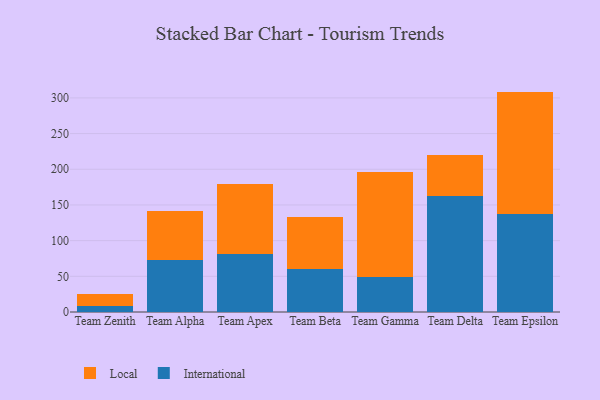
{"axis": {"x": "Team", "y": "Tickets Resolved"}, "legend": ["International", "Local"], "data": [{"x": "Team Zenith", "y": 9.1, "type": "International"}, {"x": "Team Zenith", "y": 15.8, "type": "Local"}, {"x": "Team Alpha", "y": 73.2, "type": "International"}, {"x": "Team Alpha", "y": 69.0, "type": "Local"}, {"x": "Team Apex", "y": 81.3, "type": "International"}, {"x": "Team Apex", "y": 98.5, "type": "Local"}, {"x": "Team Beta", "y": 59.9, "type": "International"}, {"x": "Team Beta", "y": 72.9, "type": "Local"}, {"x": "Team Gamma", "y": 48.8, "type": "International"}, {"x": "Team Gamma", "y": 147.5, "type": "Local"}, {"x": "Team Delta", "y": 162.7, "type": "International"}, {"x": "Team Delta", "y": 57.2, "type": "Local"}, {"x": "Team Epsilon", "y": 136.7, "type": "International"}, {"x": "Team Epsilon", "y": 172.1, "type": "Local"}]}